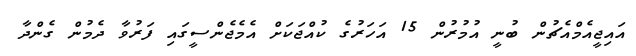
އައިޖީއެމްއެޗުން ބުނީ އުމުރުން 15 އަހަރުގެ ކުއްޖަކަށް އެމެޖެންސީގައި ފަރުވާ ދެމުން ގެންދާ